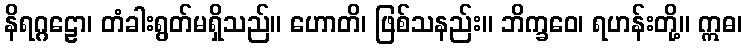
နိရဂ္ဂဠော၊ တံခါးရွတ်မရှိသည်။ ဟောတိ၊ ဖြစ်သနည်း။ ဘိက္ခဝေ၊ ရဟန်းတို့။ ဣဓ၊